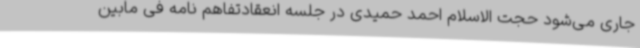
جاری می‌شود حجت الاسلام احمد حمیدی در جلسه انعقادتفاهم نامه فی مابین